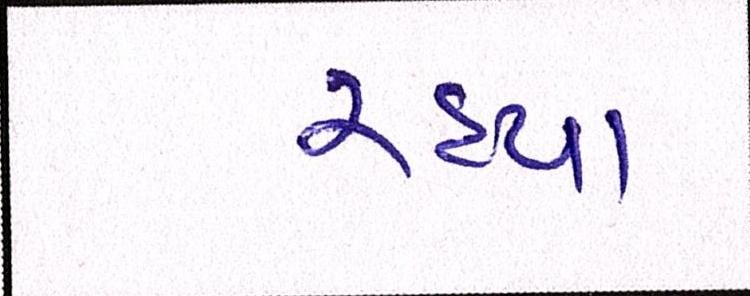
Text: રહ્યા